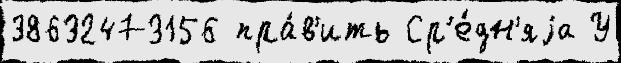
38632473156 пра́в'ить Ср'е́дн'яjа У